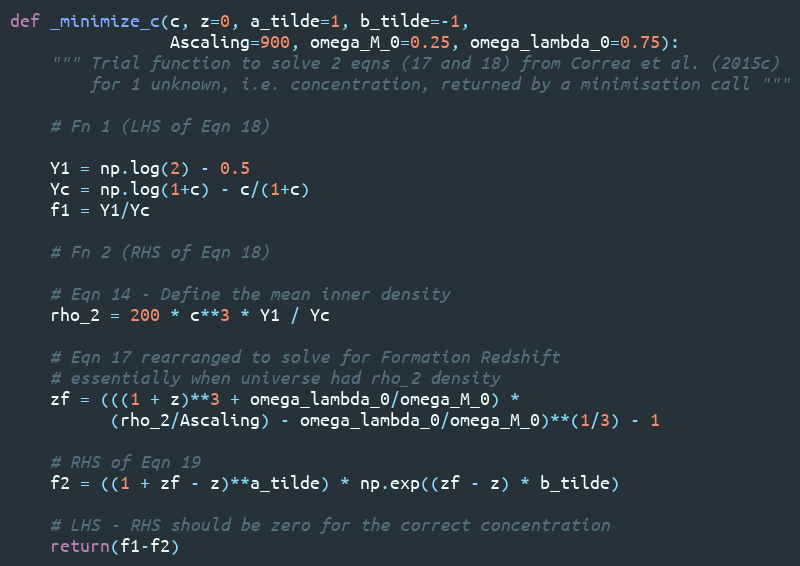
Language: Python
def _minimize_c(c, z=0, a_tilde=1, b_tilde=-1,
                Ascaling=900, omega_M_0=0.25, omega_lambda_0=0.75):
    """ Trial function to solve 2 eqns (17 and 18) from Correa et al. (2015c)
        for 1 unknown, i.e. concentration, returned by a minimisation call """

    # Fn 1 (LHS of Eqn 18)

    Y1 = np.log(2) - 0.5
    Yc = np.log(1+c) - c/(1+c)
    f1 = Y1/Yc

    # Fn 2 (RHS of Eqn 18)

    # Eqn 14 - Define the mean inner density
    rho_2 = 200 * c**3 * Y1 / Yc

    # Eqn 17 rearranged to solve for Formation Redshift
    # essentially when universe had rho_2 density
    zf = (((1 + z)**3 + omega_lambda_0/omega_M_0) *
          (rho_2/Ascaling) - omega_lambda_0/omega_M_0)**(1/3) - 1

    # RHS of Eqn 19
    f2 = ((1 + zf - z)**a_tilde) * np.exp((zf - z) * b_tilde)

    # LHS - RHS should be zero for the correct concentration
    return(f1-f2)